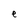
Character: e